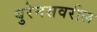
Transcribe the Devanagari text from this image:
युरेनसवरील